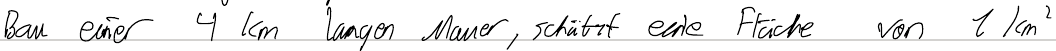
Bau einer 4 km langen Mauer, schützt eine Fläche von 1km2